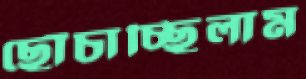
ছোঁচাচ্ছিলাম